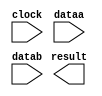
// megafunction wizard: %ALTFP_ADD_SUB%VBB%
// GENERATION: STANDARD
// VERSION: WM1.0
// MODULE: altfp_add_sub 

// ============================================================
// Megafunction Name(s):
// 			altfp_add_sub
//
// Simulation Library Files(s):
// 			lpm
// ============================================================
// ************************************************************
// THIS IS A WIZARD-GENERATED FILE. DO NOT EDIT THIS FILE!
//
// 15.1.0 Build 185 10/21/2015 SJ Standard Edition
// ************************************************************

//Copyright (C) 1991-2015 Altera Corporation. All rights reserved.
//Your use of Altera Corporation's design tools, logic functions 
//and other software and tools, and its AMPP partner logic 
//functions, and any output files from any of the foregoing 
//(including device programming or simulation files), and any 
//associated documentation or information are expressly subject 
//to the terms and conditions of the Altera Program License 
//Subscription Agreement, the Altera Quartus Prime License Agreement,
//the Altera MegaCore Function License Agreement, or other 
//applicable license agreement, including, without limitation, 
//that your use is for the sole purpose of programming logic 
//devices manufactured by Altera and sold by Altera or its 
//authorized distributors.  Please refer to the applicable 
//agreement for further details.

module Fp_Add (
	clock,
	dataa,
	datab,
	result)/* synthesis synthesis_clearbox = 1 */;

	input	  clock;
	input	[31:0]  dataa;
	input	[31:0]  datab;
	output	[31:0]  result;

endmodule

// ============================================================
// CNX file retrieval info
// ============================================================
// Retrieval info: PRIVATE: FPM_FORMAT NUMERIC "0"
// Retrieval info: PRIVATE: INTENDED_DEVICE_FAMILY STRING "Cyclone IV E"
// Retrieval info: PRIVATE: SYNTH_WRAPPER_GEN_POSTFIX STRING "0"
// Retrieval info: PRIVATE: WIDTH_DATA NUMERIC "32"
// Retrieval info: LIBRARY: altera_mf altera_mf.altera_mf_components.all
// Retrieval info: CONSTANT: DENORMAL_SUPPORT STRING "NO"
// Retrieval info: CONSTANT: DIRECTION STRING "ADD"
// Retrieval info: CONSTANT: INTENDED_DEVICE_FAMILY STRING "Cyclone IV E"
// Retrieval info: CONSTANT: OPTIMIZE STRING "SPEED"
// Retrieval info: CONSTANT: PIPELINE NUMERIC "7"
// Retrieval info: CONSTANT: REDUCED_FUNCTIONALITY STRING "NO"
// Retrieval info: CONSTANT: WIDTH_EXP NUMERIC "8"
// Retrieval info: CONSTANT: WIDTH_MAN NUMERIC "23"
// Retrieval info: USED_PORT: clock 0 0 0 0 INPUT NODEFVAL "clock"
// Retrieval info: USED_PORT: dataa 0 0 32 0 INPUT NODEFVAL "dataa[31..0]"
// Retrieval info: USED_PORT: datab 0 0 32 0 INPUT NODEFVAL "datab[31..0]"
// Retrieval info: USED_PORT: result 0 0 32 0 OUTPUT NODEFVAL "result[31..0]"
// Retrieval info: CONNECT: @clock 0 0 0 0 clock 0 0 0 0
// Retrieval info: CONNECT: @dataa 0 0 32 0 dataa 0 0 32 0
// Retrieval info: CONNECT: @datab 0 0 32 0 datab 0 0 32 0
// Retrieval info: CONNECT: result 0 0 32 0 @result 0 0 32 0
// Retrieval info: GEN_FILE: TYPE_NORMAL Fp_Add.v TRUE
// Retrieval info: GEN_FILE: TYPE_NORMAL Fp_Add.inc FALSE
// Retrieval info: GEN_FILE: TYPE_NORMAL Fp_Add.cmp FALSE
// Retrieval info: GEN_FILE: TYPE_NORMAL Fp_Add.bsf FALSE
// Retrieval info: GEN_FILE: TYPE_NORMAL Fp_Add_inst.v FALSE
// Retrieval info: GEN_FILE: TYPE_NORMAL Fp_Add_bb.v TRUE
// Retrieval info: LIB_FILE: lpm